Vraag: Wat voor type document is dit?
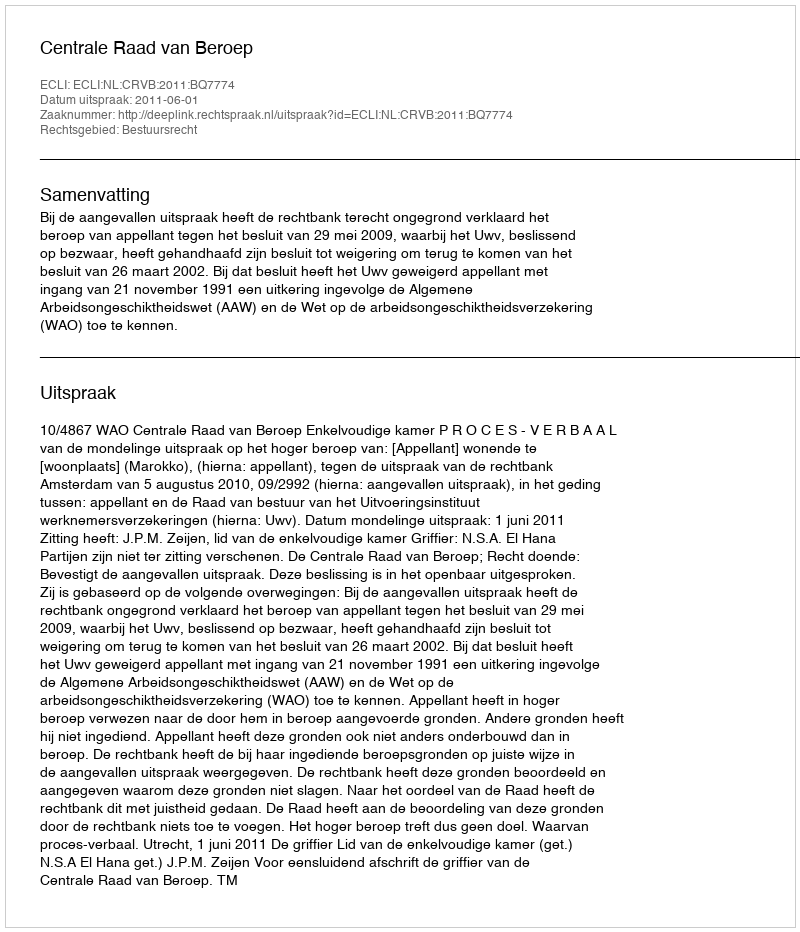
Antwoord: Uitspraak